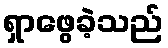
ရှာဖွေခဲ့သည်